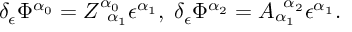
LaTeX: \delta _ { \epsilon } \Phi ^ { \alpha _ { 0 } } = Z _ { \; \; \alpha _ { 1 } } ^ { \alpha _ { 0 } } \epsilon ^ { \alpha _ { 1 } } , \; \delta _ { \epsilon } \Phi ^ { \alpha _ { 2 } } = A _ { \alpha _ { 1 } } ^ { \; \; \alpha _ { 2 } } \epsilon ^ { \alpha _ { 1 } } .